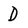
Character: D